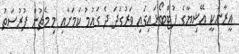
އީރާނަކީ އޭޝިޔާގެ ފުޓްބޯޅައިގައި ވަރުގަދަ ދެ ގައުމު ކަމަށާއި މި މެޗުން ފުރުސަތު